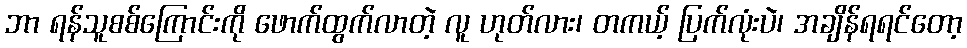
ဘာ ရန်သူစစ်ကြောင်းကို ဖောက်ထွက်လာတဲ့ လူ ဟုတ်လား၊ တကယ့် ပြက်လုံးပဲ၊ အချိန်ရရင်တော့